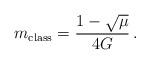
LaTeX: \begin{align*}m_{\mathrm{class}} = \frac{1-\sqrt{\mu}}{4G}\,.\end{align*}